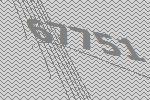
67751